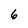
Character: 6